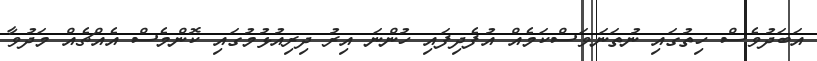
އަބަދުވެސް ހިތުގައި ނުތަނަވަސްކަމެއް އުފެދިފައި ހުންނަ އިރު ދިރިއުޅުމުގައި ކޮންމެސް އެއްޗެއް މަދުވާ